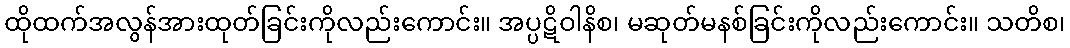
ထိုထက်အလွန်အားထုတ်ခြင်းကိုလည်းကောင်း။ အပ္ပဋိဝါနိစ၊ မဆုတ်မနစ်ခြင်းကိုလည်းကောင်း။ သတိစ၊